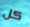
كل